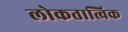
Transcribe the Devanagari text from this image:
लोकतात्विक